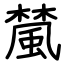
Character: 檒